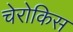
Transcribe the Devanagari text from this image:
चेरोकिस